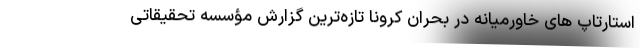
استارتاپ های خاورمیانه در بحران کرونا تازه‌ترین گزارش مؤسسه تحقیقاتی